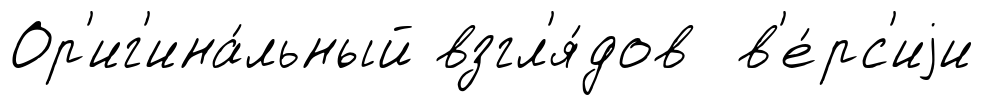
Ор'иг'ина́льный взгл'я́дов в'е́рс'иjи